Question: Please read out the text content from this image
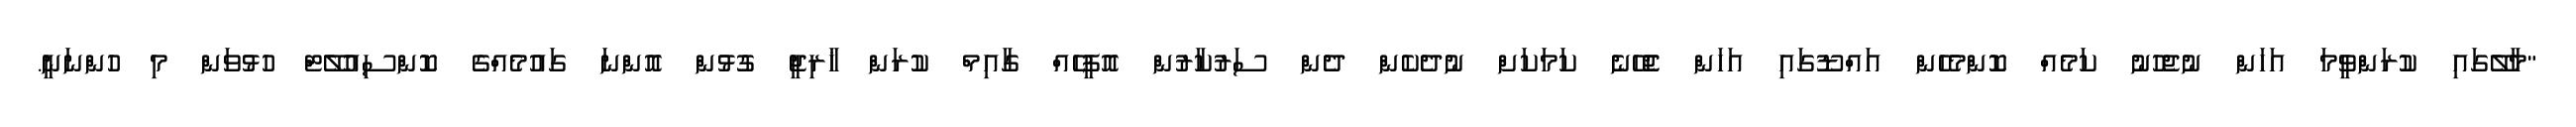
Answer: "މާލޭގައި ކުރަންވީމަ އަހަން ނުޖެހުނު ކަމެއް ކޮންމެހެން އައްޑޫގައި އަހަން ޖެހޭނެ ކަމަކަށް ނުދެކެން ދެން ސަރުކާރުން އޮފީހެއް ގާއިމް ކުރަން ޚާރިޖީ ގުޅުން އޮންނަ ގައުމެއްގެ ކޮންސިއުލޭޓް ހުޅުވަން މި ހުންނަނީ.